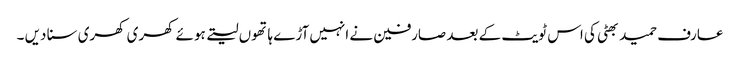
عارف حمید بھٹی کی اس ٹویٹ کے بعد صارفین نے انہیں آڑے ہاتھوں لیتے ہوئے کھری کھری سنا دیں ۔